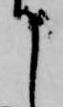
て